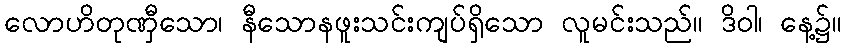
လောဟိတုဏှီသော၊ နီသောနဖူးသင်းကျပ်ရှိသော လူမင်းသည်။ ဒိဝါ၊ နေ့၌။